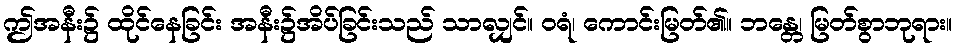
ဤအနီး၌ ထိုင်နေခြင်း အနီး၌အိပ်ခြင်းသည် သာလျှင်။ ဝရံ၊ ကောင်းမြတ်၏။ ဘန္တေ၊ မြတ်စွာဘုရား။